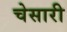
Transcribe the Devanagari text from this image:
चेसारी